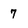
Character: 7